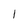
Character: 1